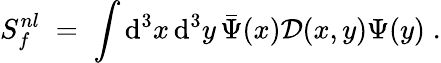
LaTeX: S_{f}^{nl}\; =\; \int\mathrm{d}^{3}x\, \mathrm{d}^{3}y\, \bar{{\Psi}}(x)\mathcal{{D}}(x,y)\Psi(y)\; .